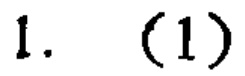
1. (1)